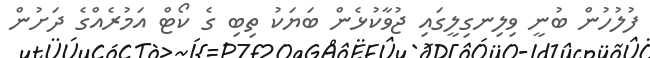
ފުލުހުން ބުނީ ވިލިނގިލީގައި ޖުވާކުޅެން ބަޔަކު ތިބި ގެ ކޯޓް އަމުރެއްގެ ދަށުން